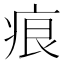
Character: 痕